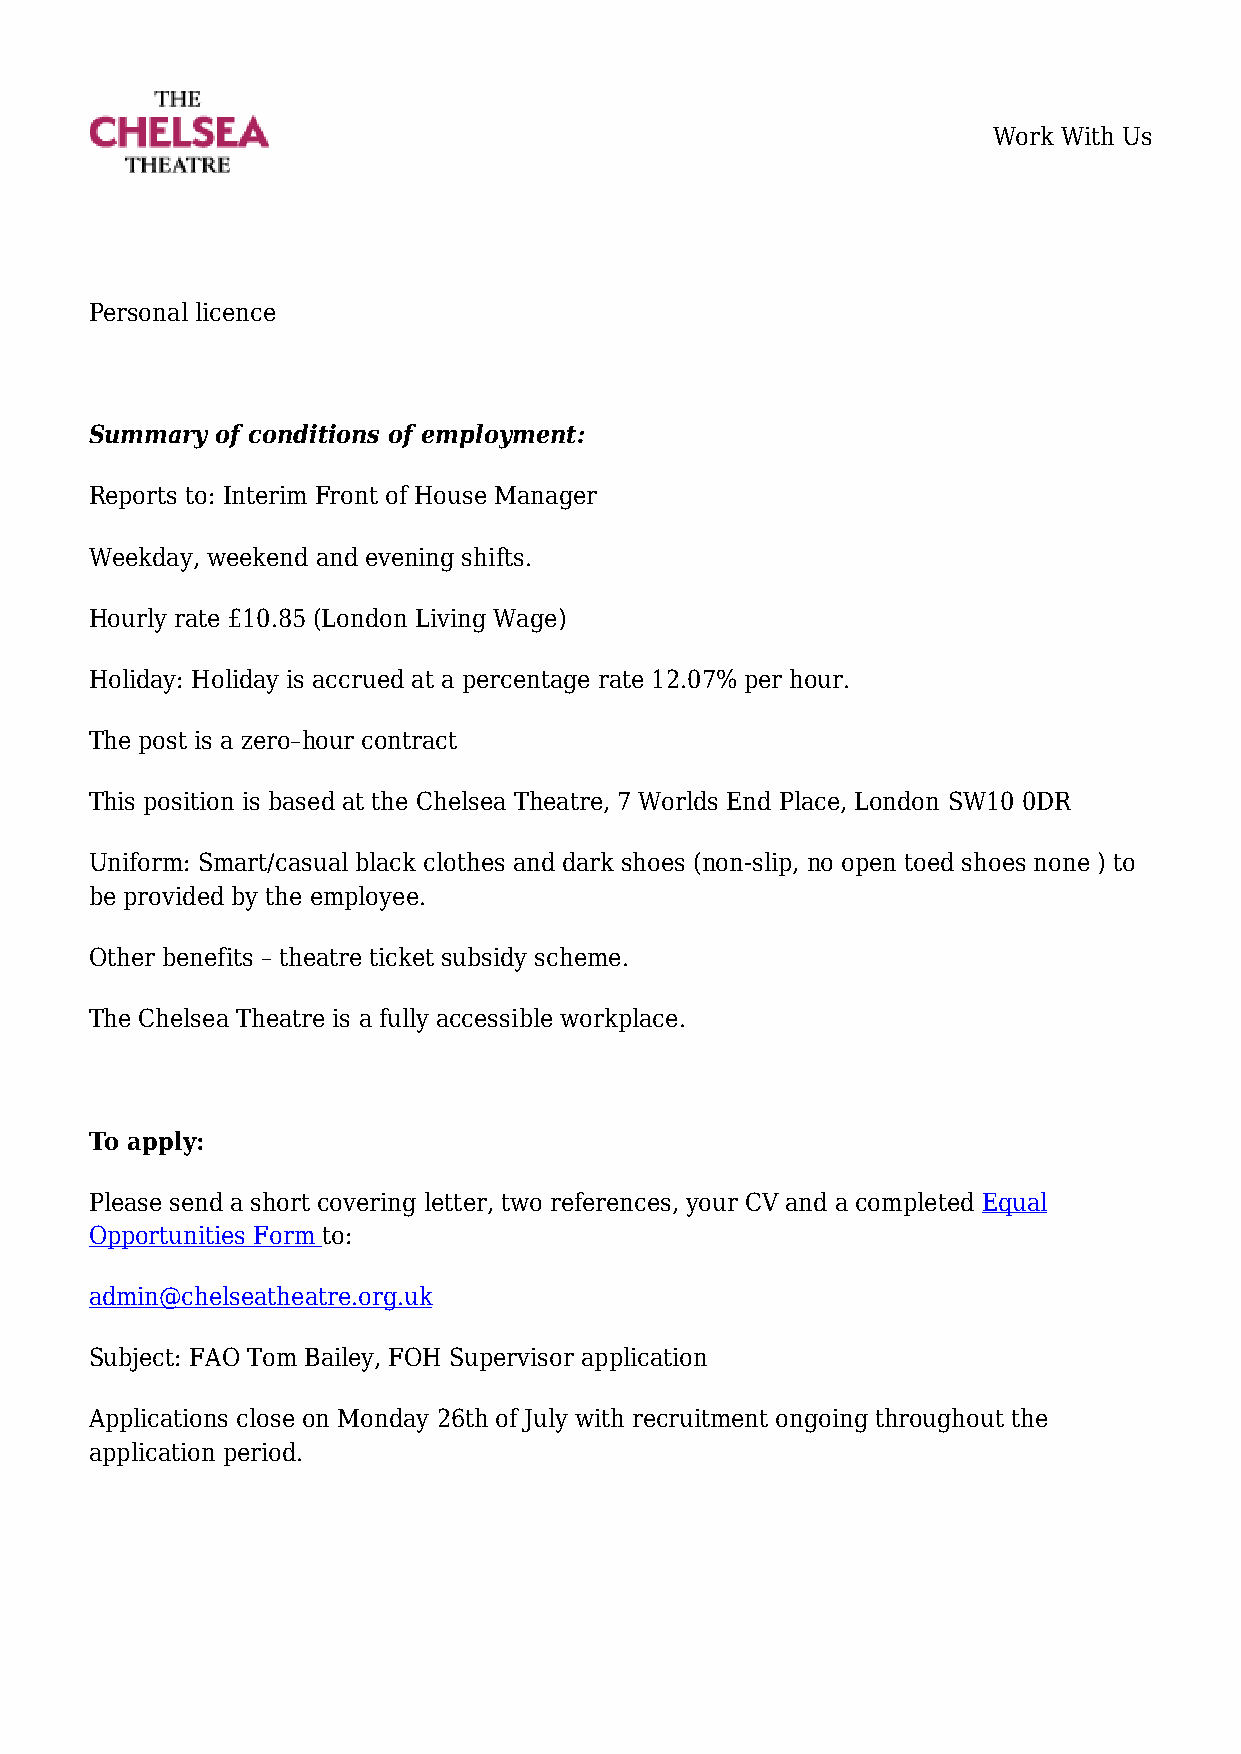
Work With Us
 Personal licence
 Summary of conditions of employment:
 Reports to: Interim Front of House Manager
 Weekday, weekend and evening shifts.
 Hourly rate £10.85 (London Living Wage)
 Holiday: Holiday is accrued at a percentage rate 12.07% per hour.
 The post is a zero–hour contract
 This position is based at the Chelsea Theatre, 7 Worlds End Place, London SW10 0DR
 Uniform: Smart/casual black clothes and dark shoes (non-slip, no open toed shoes none ) to
 be provided by the employee.
 Other benefits – theatre ticket subsidy scheme.
 The Chelsea Theatre is a fully accessible workplace.
 To apply:
 Please send a short covering letter, two references, your CV and a completed Equal
 Opportunities Form to:
 admin@chelseatheatre.org.uk
 Subject: FAO Tom Bailey, FOH Supervisor application
 Applications close on Monday 26th of July with recruitment ongoing throughout the
 application period.